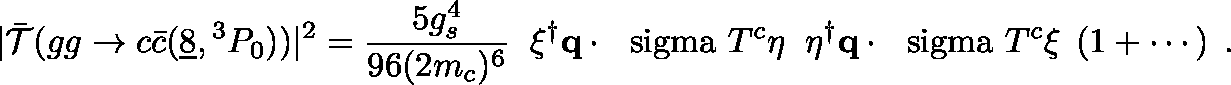
| \bar { { \cal T } } ( g g \to c \bar { c } ( \underline { { { 8 } } } , { } ^ { 3 } P _ { 0 } ) ) | ^ { 2 } = { \frac { 5 g _ { s } ^ { 4 } } { 9 6 ( 2 m _ { c } ) ^ { 6 } } } \; \; \xi ^ { \dagger } { \bf q } \cdot \mathrm { \boldmath ~ \ s i g m a ~ } T ^ { c } \eta \; \; \eta ^ { \dagger } { \bf q } \cdot \mathrm { \boldmath ~ \ s i g m a ~ } T ^ { c } \xi \; \left( 1 + \cdots \right) \; .